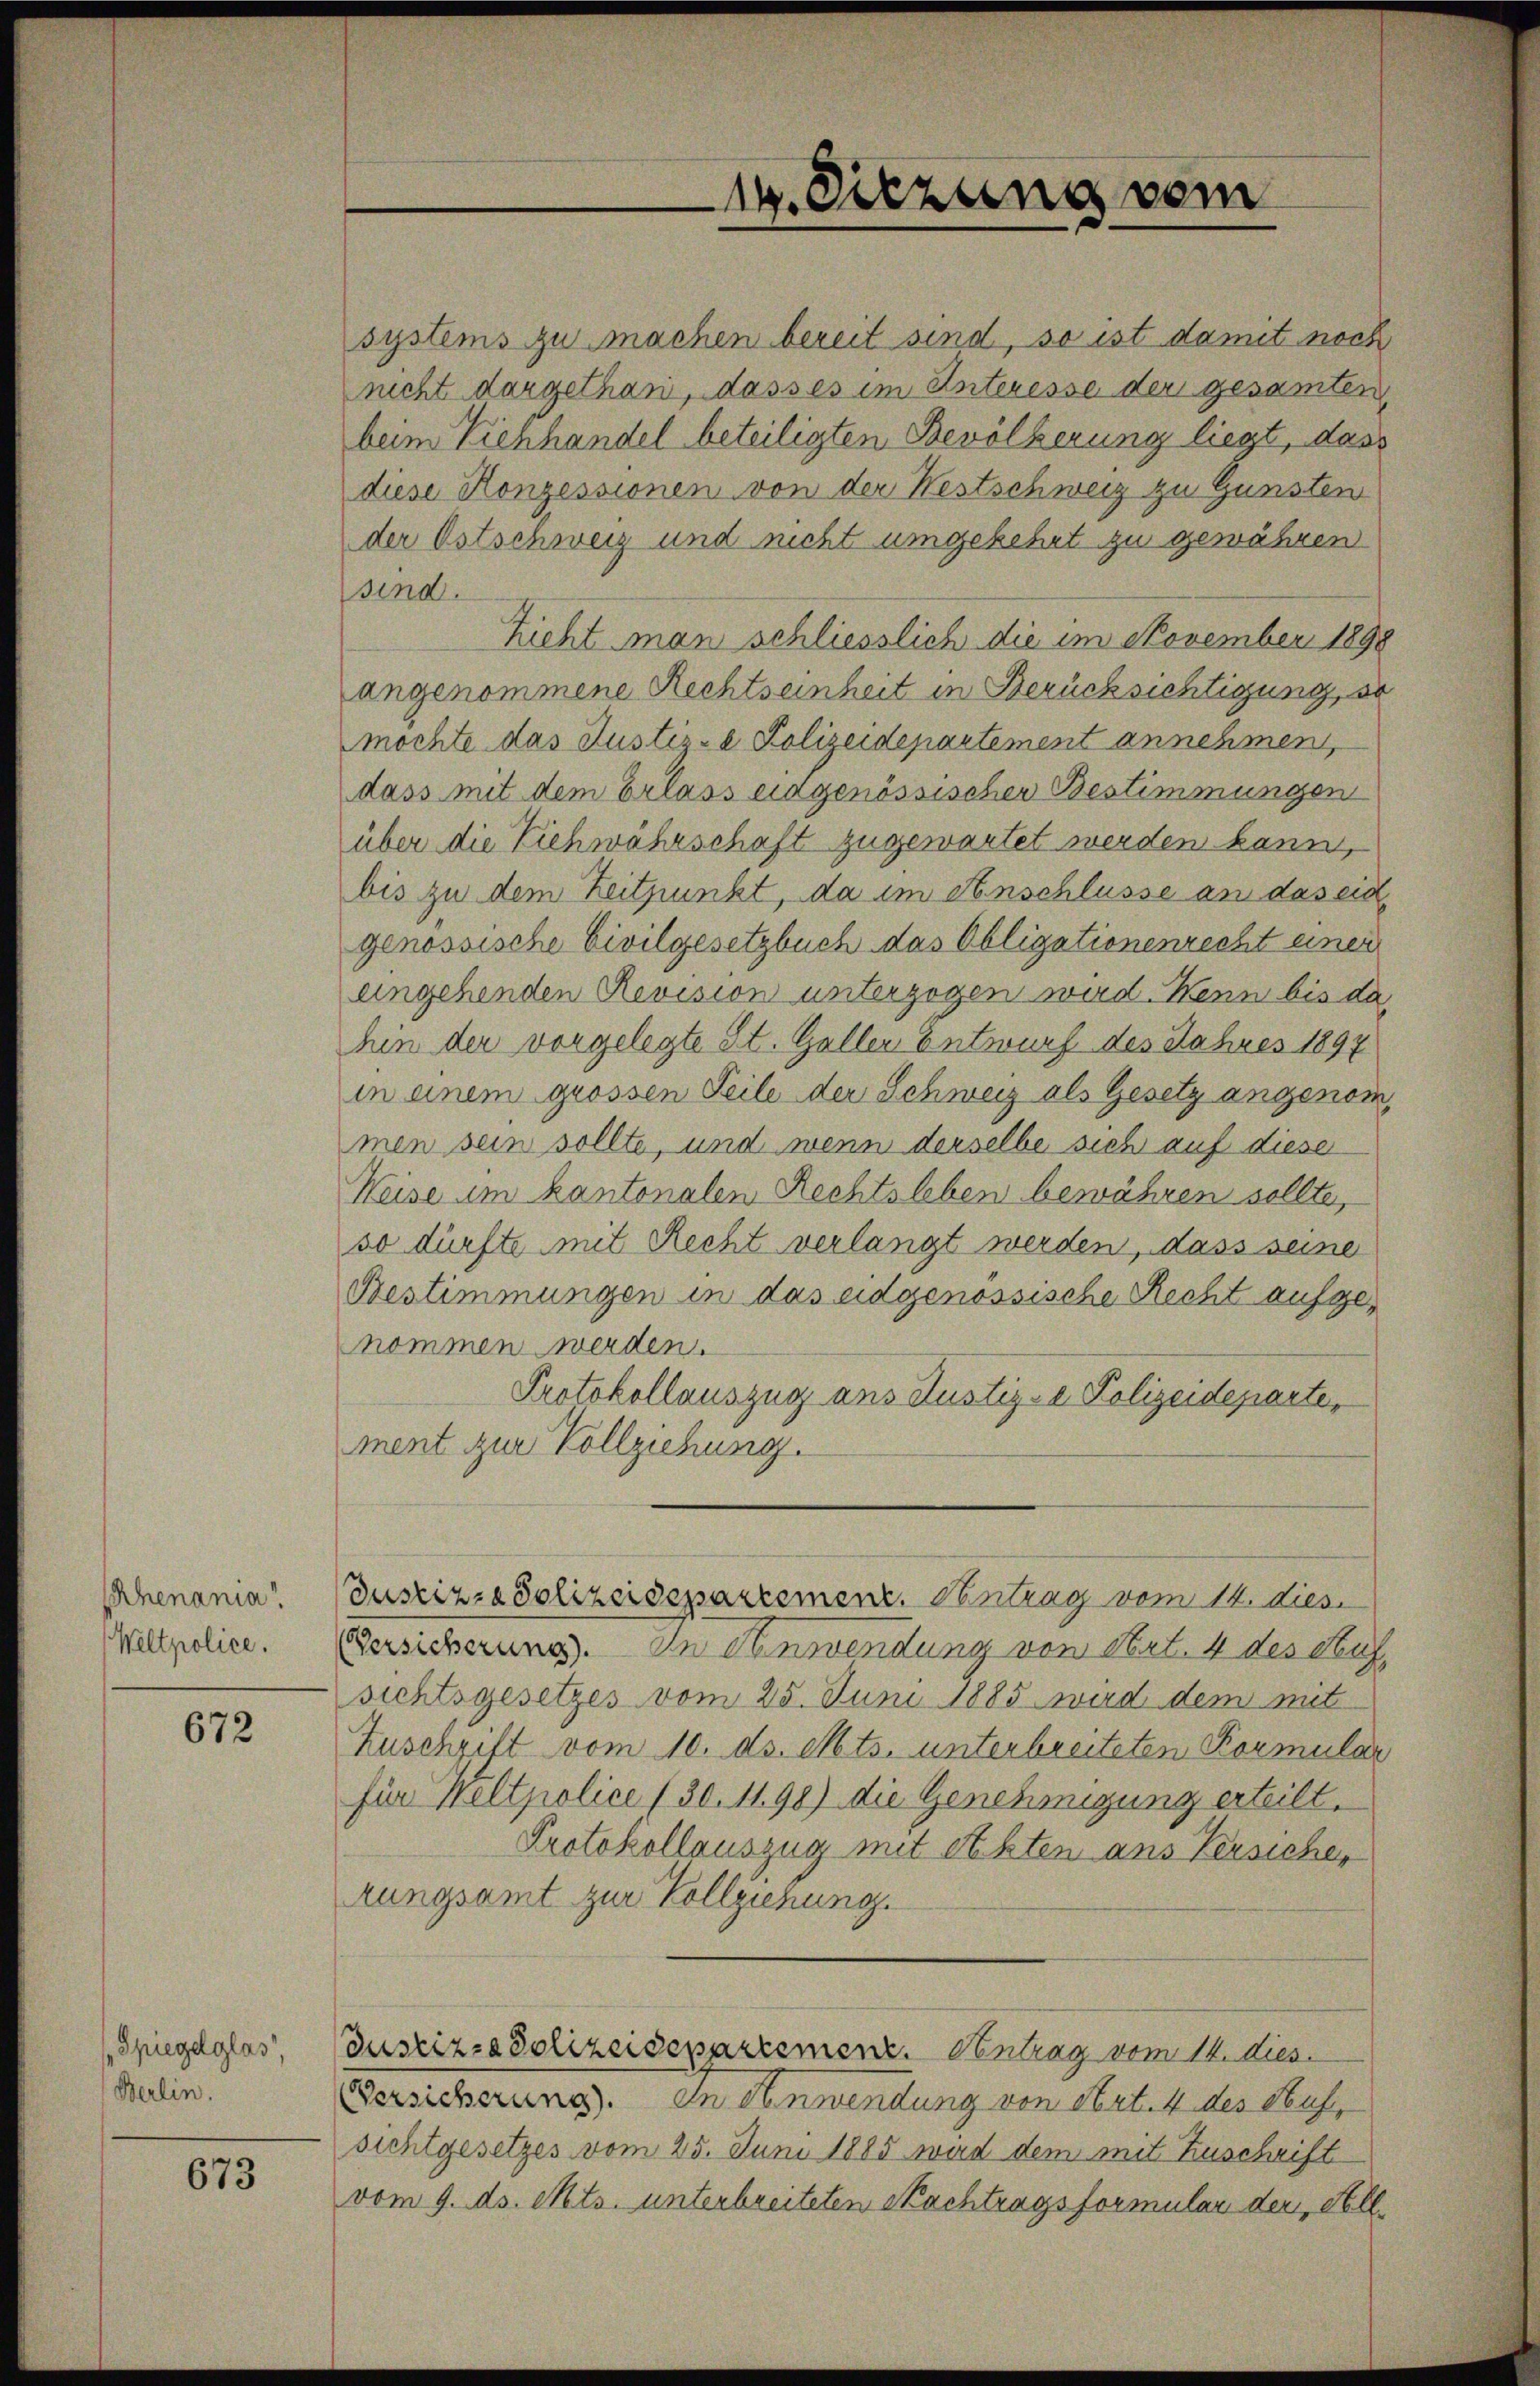
Rhenania"
Weltpolice.

672

Spiegelglas,
Berlin.

673

systems zu machen bereit sind, so ist damit noch
nicht dargethan, dasses im Interesse der gesamten
beim Viehhandel beteiligten Bevölkerung liegt, das
diese Konzessionen von der Westschweiz zu Gunsten
der Ostschweiz und nicht umgekehrt zu gewähren
sind.
hieht man schliesslich die im November 1898
angenommene Rechtseinheit in Berücksichtigung, so
mochte das Justiz- & Polizeidepartement annehmen,
dass mit dem Erlass eingenössischen Bestimmungen
über die Ziehwährschaft zugewartet werden kann,
bis zu dem Zeitpunkt, da im Anschlüsse an das eid
genössische Civilgesetzbuch das Obligationenrecht einer
eingehenden Revision unterzogen wird. Wenn bis da
hin der vorgelegte St. Galler Entwurf des Jahres 1897
in einem grossen Teile der Schweiz als Gesetz angenommen sein sollte, und wenn derselbe sich auf diese
Weise im kantonalen Rechtsleben bewähren sollte,
so dürfte mit Recht verlangt werden, dass seine
Bestimmungen in das eidgenössische Recht aufgenommen werden.
Protokollauszug ans Justiz- & Polizeideparte,
ment zur Vollziehung.
Justiz- & Polizeidepartement. Antrag vom 14. dies
Versicherung. In Anwendung von Art. 4 des Aufsichtsgesetzes vom 25. Juni 1885 wird dem mit
Zuschgilt vom 10. ds. Mts. unterbreiteten Kormular
für Weltpolice (30. 1198) die Genehmigung erteilt.
Protokollauszug mit Akten aus Versicher
rungsamt zur Vollziehung.
Justiz- & Polizeidepartement. Antrag vom 14. dies
Versicherung. In Anwendung von Art. 4 des Hufsichtgesetzes vom 25. Juni 1885 wird dem mit Zuschrift
vom 9. ds. Mts. unterbreiteten Nachtragsformular der All¬

14. Sitzung vom